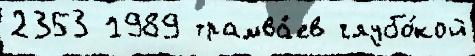
2353 1989 трамва́ев глубо́кой